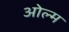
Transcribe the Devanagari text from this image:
ओल्म